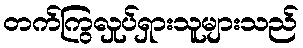
တက်ကြွလှုပ်ရှားသူများသည်